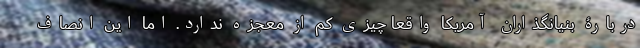
دربارۀ بنیانگذاران آمریکا واقعاً چیزی کم از معجزه ندارد. اما این انصاف